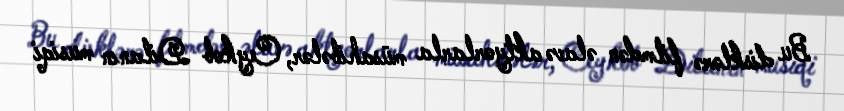
Bu disklərə filmdən əlavə aktyorlarla müsahibələr, Ceykob Dilanın musiqi